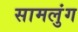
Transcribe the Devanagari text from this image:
सामलुंग